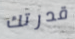
قدرتك